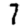
Digit: 7